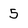
Character: 5